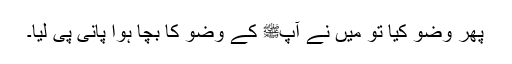
پھر وضو کیا تو میں نے آپﷺ کے وضو کا بچا ہوا پانی پی لیا۔